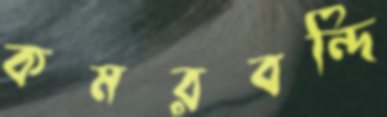
কমরবন্দি